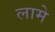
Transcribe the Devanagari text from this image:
लामे